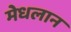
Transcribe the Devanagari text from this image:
मेधलान